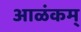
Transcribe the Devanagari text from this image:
आळंकम्